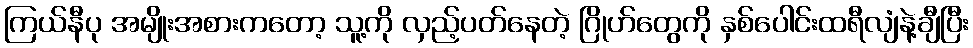
ကြယ်နီပု အမျိုးအစားကတော့ သူ့ကို လှည့်ပတ်နေတဲ့ ဂြိုဟ်တွေကို နှစ်ပေါင်းထရီလျံနဲ့ချီပြီး